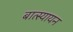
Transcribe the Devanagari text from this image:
बात्स्यायन